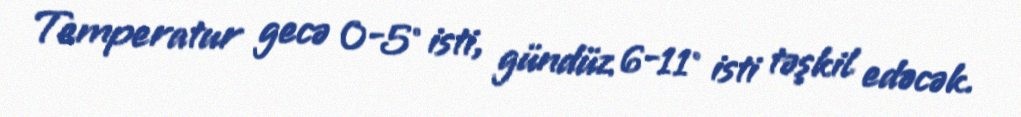
Temperatur gecə 0-5° isti, gündüz 6-11° isti təşkil edəcək.